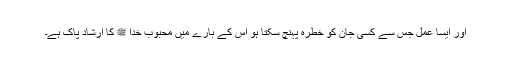
اور ایسا عمل جس سے کسی جان کو خطرہ پہنچ سکتا ہو اس کے بارے میں محبوب خدا ﷺ کا ارشاد پاک ہے۔